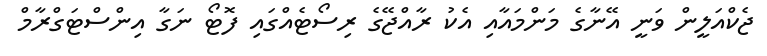
ޖެކްއަލީން ވަނީ އޭނާގެ މަންމައާއި އެކު ރާއްޖޭގެ ރިސޯޓެއްގައި ފޮޓޯ ނަގާ އިންސްޓަގްރާމް